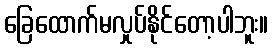
ခြေထောက်မလှုပ်နိုင်တော့ပါဘူး။